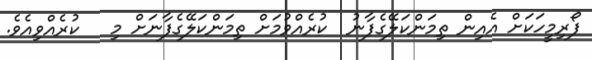
ފޯރިމީހަކަށް އެއިން ތިމަންކަލޭގެފާނު  ކުރެއްވުމަށް ތިމަންކަލޭގެފާނަށް މި   ކުރެއްވިއެވެ.